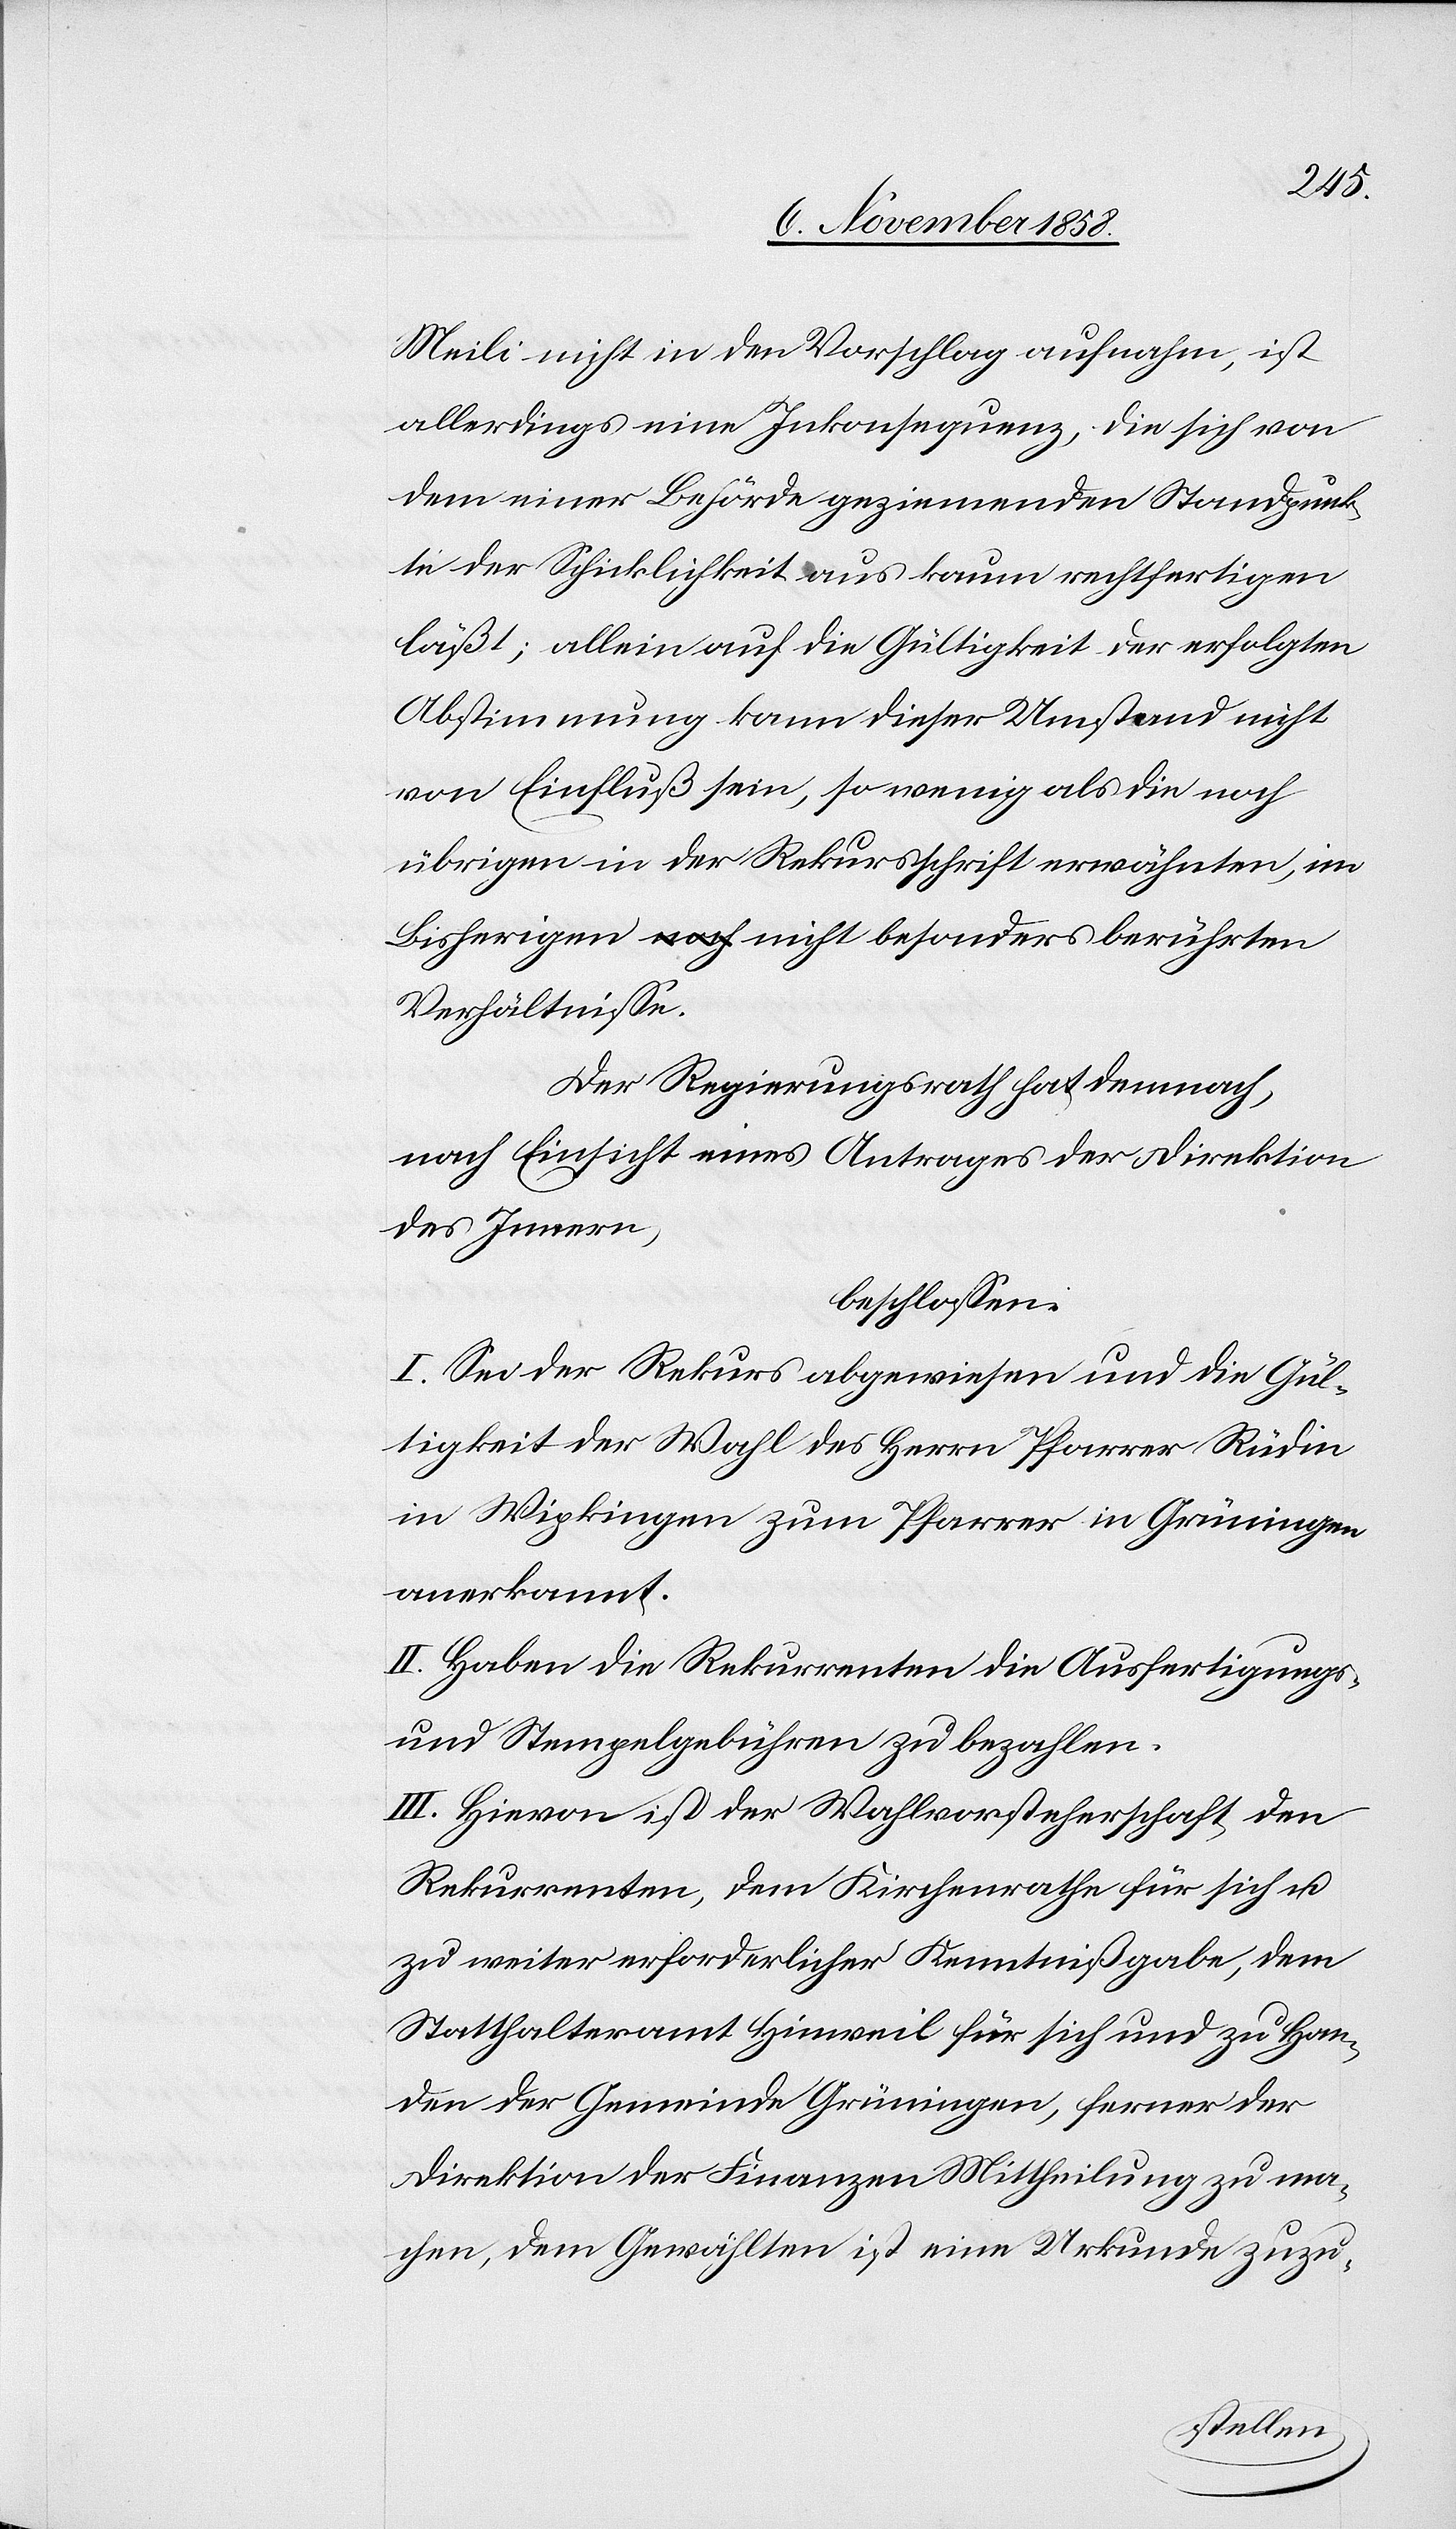
Meili nicht in den Vorschlag aufnahm, ist
allerdings eine Inkonsequenz, die sich von
dem einer Behörde geziemenden Standpunk¬
te der Schicklichkeit aus kaum rechtfertigen
läßt; allein auf die Gültigkeit der erfolgten
Abstimmung kann dieser Umstand nicht
von Einfluß sein, so wenig als die noch
übrigen in der Rekursschrift erwähnten, im
Bisherigen nicht besonders berührten
Verhältnisse.
Der Regierungsrath hat demnach,
nach Einsicht eines Antrages der Direktion
des Innern,
beschlossen:
I. Sei der Rekurs abgewiesen und die Gül¬
tigkeit der Wahl des Herrn Pfarrer Rüdin
in Wipkingen zum Pfarrer in Grüningen
anerkannt.
II. Haben die Rekurrenten die Ausfertigungs-
und Stempelgebühren zu bezahlen.
III. Hievon ist der Wahlvorsteherschaft, den
Rekurrenten, dem Kirchenrathe für sich u.
zu weiter erforderlicher Kenntnißgabe, dem
Statthalteramt Hinweil für sich und zu Han¬
den der Gemeinde Grüningen, ferner der
Direktion der Finanzen Mittheilung zu ma¬
chen, dem Gewählten ist eine Urkunde zuzu-